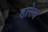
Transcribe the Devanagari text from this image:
हारेम